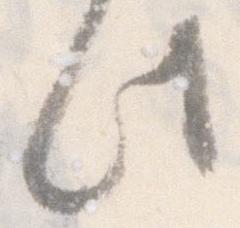
此